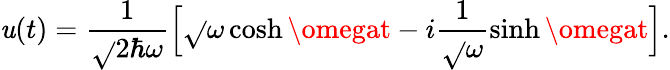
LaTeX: \mathit{u}(t)=\frac{{1}}{{\sqrt{}{{2\hbar\omega}}}}\Bigl[\sqrt{}{{\omega}}\cosh\omegat-i\frac{{1}}{{\sqrt{}{{\omega}}}}\sinh\omegat\Bigr].